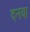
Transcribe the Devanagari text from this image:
दनया